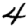
Digit: 4